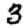
Digit: 3